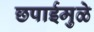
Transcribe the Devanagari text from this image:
छपाईमुळे